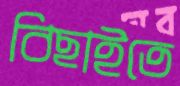
বিছাইতে